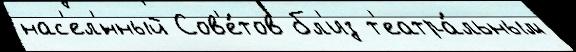
нас'ел'́нный Сов'е́тов бл'из т'еатра́льным